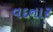
વદનાર